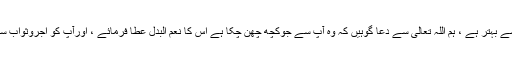
اگر صرف دو رکعات بھی ادا کرلیں تو یہ عدم ادائيگي سے بہتر ہے ، ہم اللہ تعالی سے دعا گوہيں کہ وہ آپ سے جوکچھ چھن چکا ہے اس کا نعم البدل عطا فرمائے ، اورآپ کو اجروثواب سے نوازے جوکہ نماز تراویح سے بھی زيادہ عظیم ہے ۔